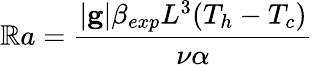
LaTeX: \mathbb{R}a=\frac{{|\mathbf{{g}}|\beta_{exp}L^{3}(T_{h}-T_{c})}}{{\nu\alpha}}